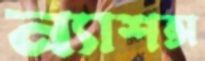
ন্যাশন্স